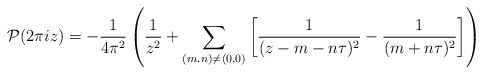
\begin{align*}{\cal P}(2\pi i z)=-\frac{1}{4\pi^{2}}\left( \frac{1}{z^{2}} + \sum _{(m.n)\neq (0,0)}\left[\frac{1}{(z-m-n\tau)^{2}}- \frac{1}{(m+n\tau)^{2}} \right] \right) \end{align*}